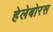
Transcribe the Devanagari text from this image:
हेलेबोरस